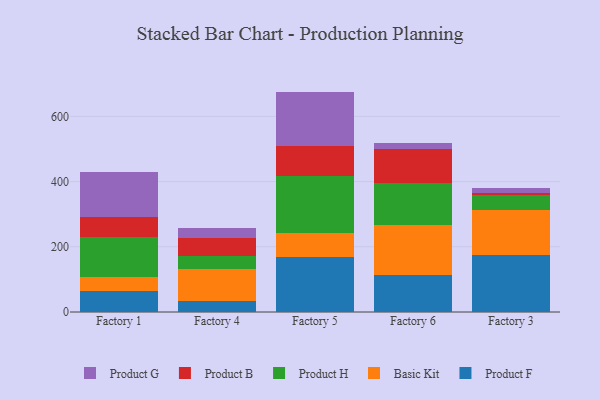
{"axis": {"x": "Factory", "y": "Inventory Turnover"}, "legend": ["Basic Kit", "Product B", "Product F", "Product G", "Product H"], "data": [{"x": "Factory 1", "y": 63.0, "type": "Product F"}, {"x": "Factory 1", "y": 44.6, "type": "Basic Kit"}, {"x": "Factory 1", "y": 121.3, "type": "Product H"}, {"x": "Factory 1", "y": 62.0, "type": "Product B"}, {"x": "Factory 1", "y": 138.2, "type": "Product G"}, {"x": "Factory 4", "y": 34.0, "type": "Product F"}, {"x": "Factory 4", "y": 97.4, "type": "Basic Kit"}, {"x": "Factory 4", "y": 40.4, "type": "Product H"}, {"x": "Factory 4", "y": 54.7, "type": "Product B"}, {"x": "Factory 4", "y": 31.2, "type": "Product G"}, {"x": "Factory 5", "y": 167.4, "type": "Product F"}, {"x": "Factory 5", "y": 74.9, "type": "Basic Kit"}, {"x": "Factory 5", "y": 174.5, "type": "Product H"}, {"x": "Factory 5", "y": 92.3, "type": "Product B"}, {"x": "Factory 5", "y": 166.8, "type": "Product G"}, {"x": "Factory 6", "y": 112.6, "type": "Product F"}, {"x": "Factory 6", "y": 155.6, "type": "Basic Kit"}, {"x": "Factory 6", "y": 125.9, "type": "Product H"}, {"x": "Factory 6", "y": 106.4, "type": "Product B"}, {"x": "Factory 6", "y": 17.0, "type": "Product G"}, {"x": "Factory 3", "y": 174.7, "type": "Product F"}, {"x": "Factory 3", "y": 138.7, "type": "Basic Kit"}, {"x": "Factory 3", "y": 46.4, "type": "Product H"}, {"x": "Factory 3", "y": 5.0, "type": "Product B"}, {"x": "Factory 3", "y": 14.3, "type": "Product G"}]}